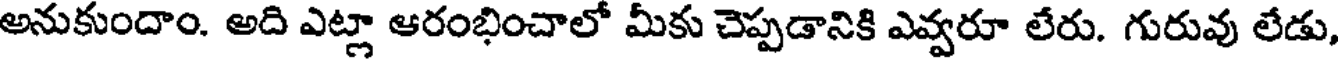
అనుకుందాం. అది ఎట్లా ఆరంభించాలో మీకు చెప్పడానికి ఎవ్వరూ లేరు. గురువు లేడు,